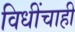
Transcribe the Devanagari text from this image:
विधींचाही